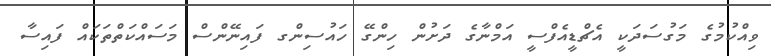
ވިއްކުމުގެ މަގުސަދަކީ އެޗްޑީއެފްސީ އަމްނާގެ ދަށުން ހިންގޭ ހައުސިންގ ފައިނޭންސް މަސައްކަތްތަކައް ފައިސާ